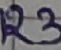
Text: R3